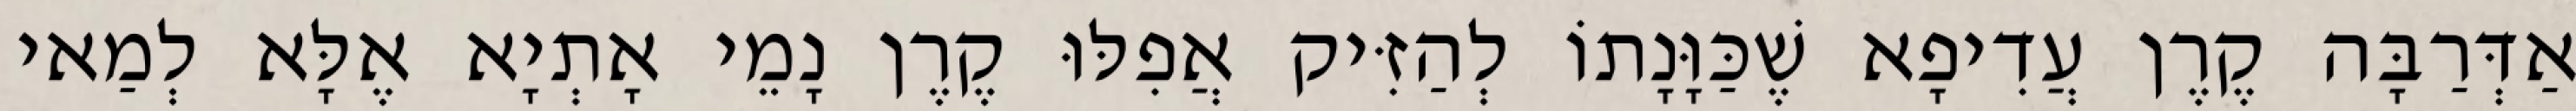
אַדְּרַבָּה קֶרֶן עֲדִיפָא שֶׁכַּוָּנָתוֹ לְהַזִּיק אֲפִלּוּ קֶרֶן נָמֵי אָתְיָא אֶלָּא לְמַאי